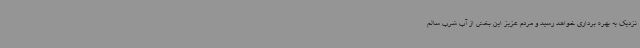
نزدیک به بهره برداری خواهد رسید و مردم عزیز این بخش از آب شرب سالم